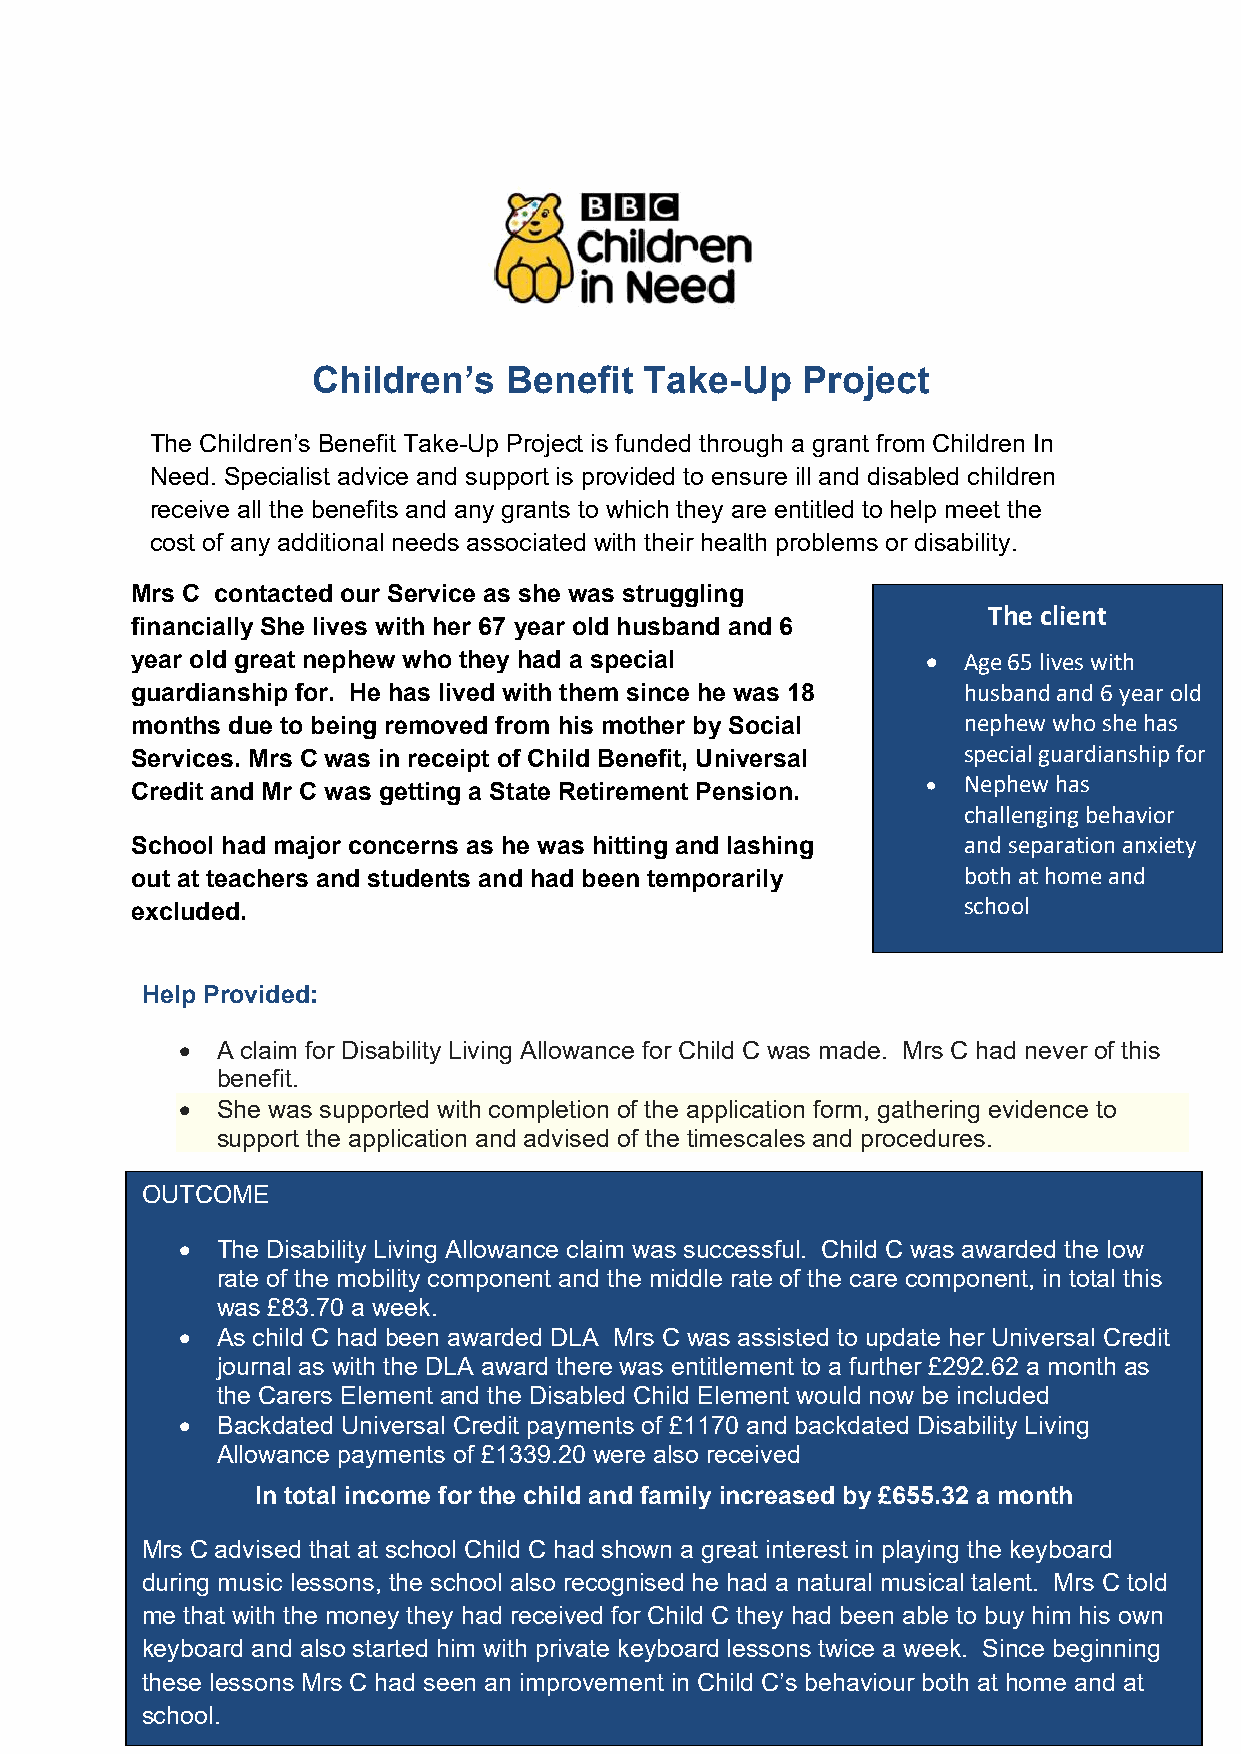
Children’s  Benefit   Take-Up   Project
 The Children’s Benefit Take-Up Project is funded through a grant from Children In
 Need. Specialist advice and support is provided to ensure ill and disabled children
 receive all the benefits and any grants to which they are entitled to help meet the
 cost of any additional needs associated with their health problems or disability.
 Mrs C contacted our Service as she was s t ruggling
 The client
 financially She lives with her 67 year old husband and 6
 year old great nephew who they had a spe cial         Age 65 lives with
 guardianship for. He has lived with them since he was 18 husband and 6 year old
 months due to being removed from his mother by Social  nephew who she has
 Services. Mrs C was in receipt of Child Benefit, Universal special guardianship for
 Credit and Mr C was getting a State Retirement Pension.  Nephew has
 challenging behavior
 School had major concerns as he was hitting and lashing and separation anxiety
 out at teachers and students and had bee n temporarily both at home and
 excluded.                                              school
 Help Provided:
  A claim for Disability Living Allowance for Child C was made. Mrs C had never of this
 benefit.
  She was supported with completion of the application form, gathering evidence to
 support the application and advised of the timescales and procedures.
 OUTCOME
  The Disability Living Allowance claim was successful. Child C was awarded the low
 rate of the mobility component and the middle rate of the care component, in total this
 was £83.70 a week.
  As child C had been awarded DLA Mrs C was assisted to update her Universal Credit
 journal as with the DLA award there was entitlement to a further £292.62 a month as
 the Carers Element and the Disabled Child Element would now be included
  Backdated Universal Credit payments of £1170 and backdated Disability Living
 Allowance payments of £1339.20 were also received
 In total income for the child and family increased by £655.32 a month
 Mrs C advised that at school Child C had shown a great interest in playing the keyboard
 during music lessons, the school also recognised he had a natural musical talent. Mrs C told
 me that with the money they had received for Child C they had been able to buy him his own
 keyboard and also started him with private keyboard lessons twice a week. Since beginning
 these lessons Mrs C had seen an improvement in Child C’s behaviour both at home and at
 school.